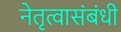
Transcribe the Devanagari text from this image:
नेतृत्वासंबंधी